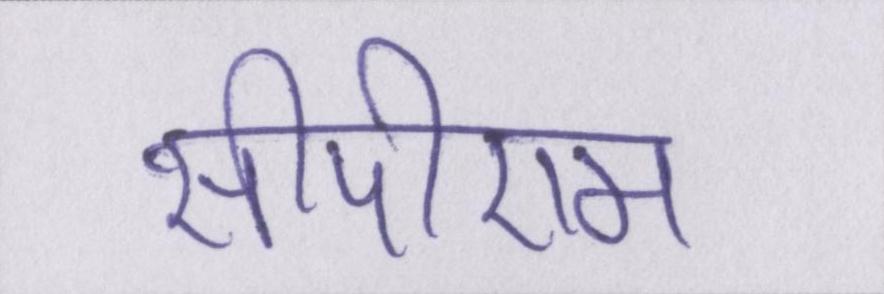
सीपीएम